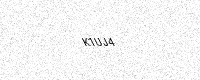
Text: K1UJ4